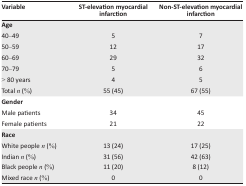
| Variable | ST-elevation myocardial infarction | Non-ST-elevation myocardial infarction |
 | --- | --- | --- |
 | Age |  |  |
 | 40–49 | 5 | 7 |
 | 50–59 | 12 | 17 |
 | 60–69 | 29 | 32 |
 | 70–79 | 5 | 6 |
 | > 80 years | 4 | 5 |
 | Total n (%) | 55 (45) | 67 (55) |
 | Gender |  |  |
 | Male patients | 34 | 45 |
 | Female patients | 21 | 22 |
 | Race |  |  |
 | White people n (%) | 13 (24) | 17 (25) |
 | Indian n (%) | 31 (56) | 42 (63) |
 | Black people n (%) | 11 (20) | 8 (12) |
 | Mixed race n (%) | 0 | 0 |